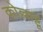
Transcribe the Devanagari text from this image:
कोल्लाट्टू